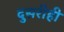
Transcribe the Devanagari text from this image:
दुसरीही